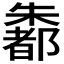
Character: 𪴄